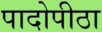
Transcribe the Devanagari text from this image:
पादोपीठा